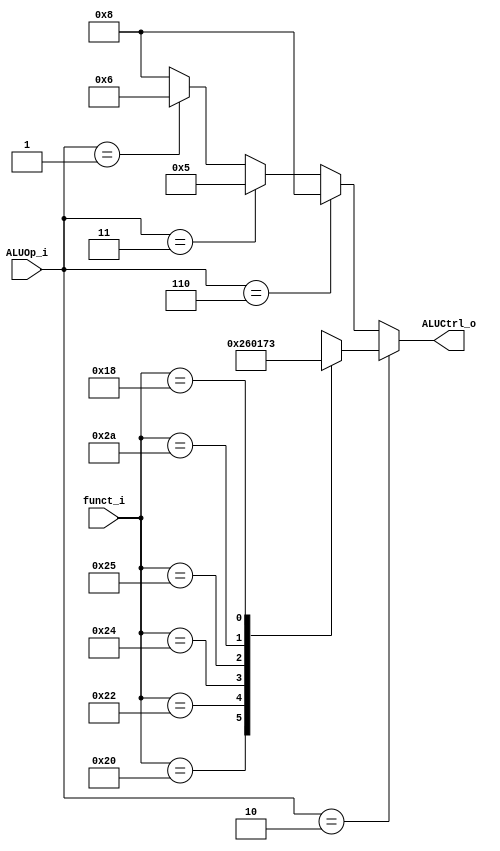
// 109550087
module ALU_Ctrl(
          funct_i,
          ALUOp_i,
          ALUCtrl_o
          );
          
//I/O ports 
input      [6-1:0] funct_i;
input      [3-1:0] ALUOp_i;

output     [4-1:0] ALUCtrl_o;    
     
//Internal Signals
reg        [4-1:0] ALUCtrl_o;

//Parameter
always @(*) begin
    if (ALUOp_i == 3'b010) begin
        case (funct_i)
            6'b100000: ALUCtrl_o = 4'b0010; // add
            6'b100010: ALUCtrl_o = 4'b0110; // sub
            6'b100100: ALUCtrl_o = 4'b0000; // and
            6'b100101: ALUCtrl_o = 4'b0001; // or
            6'b101010: ALUCtrl_o = 4'b0111; // slt
            6'b011000: ALUCtrl_o = 4'b0011; // mult
            default: ALUCtrl_o = 4'bxxxx;
        endcase
    end
    else if (ALUOp_i == 3'b110) // addi
        ALUCtrl_o <= 4'b1000;
    else if (ALUOp_i == 3'b011) // slti
        ALUCtrl_o <= 4'b0101;
    else if (ALUOp_i == 3'b001) // beq
        ALUCtrl_o <= 4'b0110;
    // lab 3
    else if (ALUOp_i == 3'b000) // lw sw
        ALUCtrl_o <= 4'b1000;
    else
        ALUCtrl_o <= 4'b1000;
end
       
//Select exact operation

endmodule